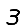
Digit: 3